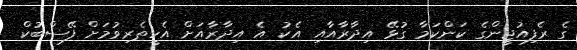
ގެ ރެފިއުޖީންގެ ކަންކަމާ ގުޅޭ އިދާރާއާއި އެކު އެ އިދާރާއަށް އެހީތެރިވުމަށް ފޭސްބުކް